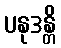
ပနုဒန္တိ